Report on the lunatic asylums under the Government of Bombay - 1904-1913
Year: 1904
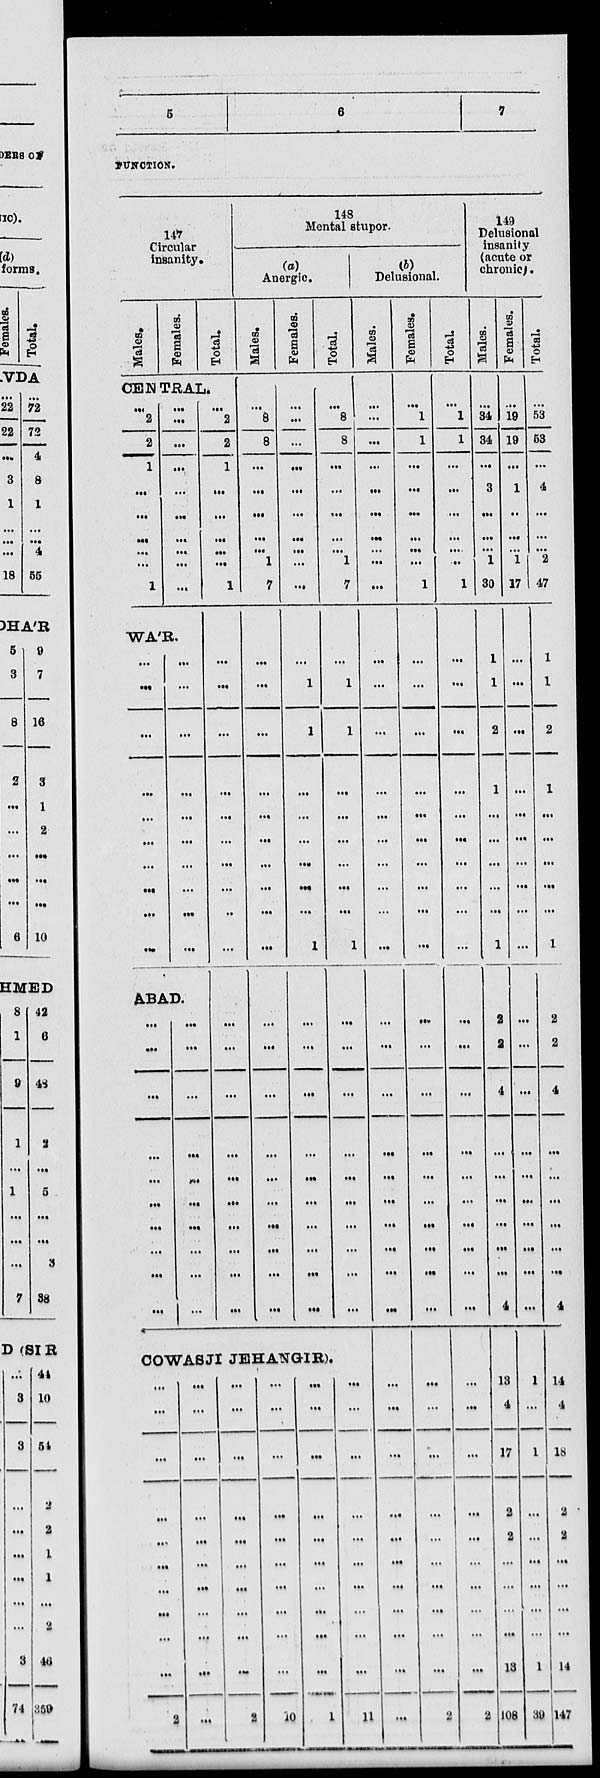
5
6
7
FUNCTlON.
147
Circular
insanity.
Males.
Females.
Total.
CENTRAL.
...
2
2
1
...
...
...
...
...
1
...
...
...
...
...
...
...
...
...
...
WA'R.
...
...
...
...
...
...
...
...
...
...
...
...
...
...
...
...
...
...
...
...
ABAD.
...
...
...
...
...
...
...
...
...
...
...
...
...
...
...
...
...
...
...
...
...
2
2
1
...
...
...
...
...
1
...
...
...
...
...
...
...
...
...
...
...
...
...
...
...
...
...
...
...
...
148
Mental stupor.
(a)
Anergic.
Males.
...
8
8
...
...
...
...
...
1
7
...
...
...
...
...
...
...
...
...
...
...
...
...
...
...
...
...
...
...
...
Females.
...
...
...
...
...
...
...
...
...
...
...
1
1
...
...
...
...
...
...
1
...
...
...
...
...
...
...
...
...
...
Total.
...
8
8
...
...
...
...
...
1
7
...
1
1
...
...
...
...
...
...
1
...
...
...
...
...
...
...
...
...
...
COWASJI JEHANGIR).
...
...
...
...
...
...
...
...
...
2
...
...
...
...
...
...
...
...
...
...
...
...
...
...
...
...
...
...
...
2
...
...
...
...
...
...
...
...
...
10
...
...
...
...
...
...
...
...
...
1
...
...
...
...
...
...
...
...
...
11
(b)
Delusional.
Males.
...
...
...
...
...
...
...
...
...
...
...
...
...
...
...
...
...
...
...
...
...
...
...
...
...
...
...
...
...
...
...
...
...
...
...
...
...
...
...
...
Females.
...
1
1
...
...
...
...
...
...
1
...
...
...
...
...
...
...
...
...
...
...
...
...
...
...
...
...
...
...
...
...
...
...
...
...
...
...
...
...
2
Total.
...
1
1
...
...
...
...
....
..
1
...
...
...
...
...
...
...
...
...
...
...
...
...
...
...
...
...
...
...
...
...
...
...
...
...
...
...
...
...
2
149
Delusional
insanity
(acute or
chronic).
Males.
...
34
34
...
3
...
...
...
1
30
1
1
2
1
...
...
...
...
...
1
2
2
4
...
...
...
...
...
...
4
13
4
17
2
2
...
...
...
13
108
Females.
...
19
19
...
1
...
...
...
1
17
...
...
...
...
...
...
...
...
...
...
...
...
...
...
...
...
...
...
...
...
1
...
1
...
...
...
...
...
1
39
Total.
...
53
53
...
4
...
...
...
2
47
1
1
2
1
...
...
...
...
...
1
2
2
4
...
...
...
...
...
...
4
14
4
18
2
2
...
...
...
14
147